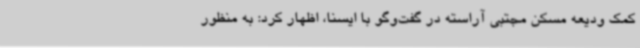
کمک ودیعه مسکن مجتبی آراسته در گفت‌وگو با ایسنا، اظهار کرد: به منظور